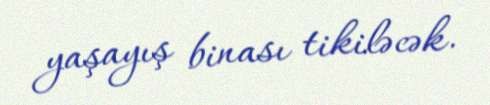
yaşayış binası tikiləcək.